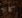
كانه